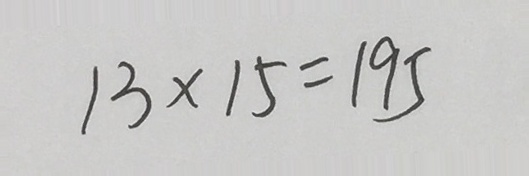
1 3 \times 1 5 = 1 9 5